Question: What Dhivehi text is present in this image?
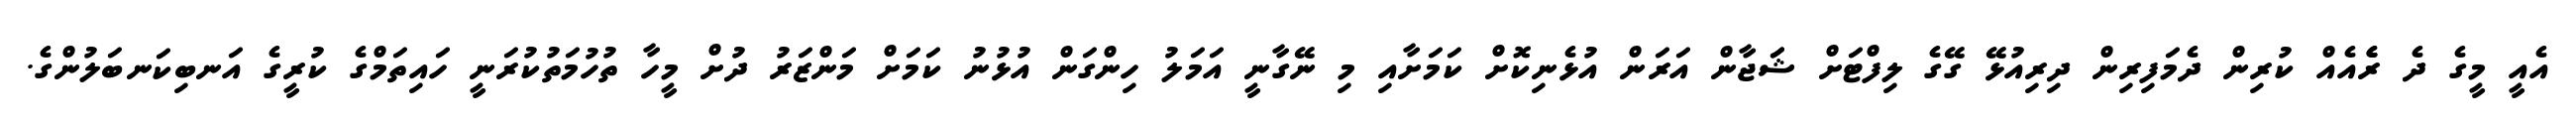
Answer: އެއީ މީގެ ދެ ރެެއެއް ކުރިން ދެމަފިރިން ދިރިއުޅޭ ގޭގެ ލިފްޓަށް ޝަަޖާން އަރަން އުޅެނިކޮށް ކަމަށާއި މި ނޭގާނީ އަމަލު ހިންގަން އުޅުނު ކަމަށް މަންޒަރު ދުށް މީހާ ތުހުމަތުކުރަނީ ހައިތަމްގެ ކުރީގެ އަނބިކަނބަލުންގެ.